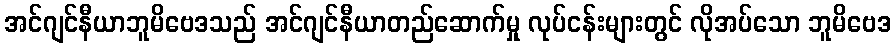
အင်ဂျင်နီယာဘူမိဗေဒသည် အင်ဂျင်နီယာတည်ဆောက်မှု လုပ်ငန်းများတွင် လိုအပ်သော ဘူမိဗေဒ